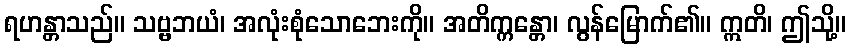
ရဟန္တာသည်။ သဗ္ဗဘယံ၊ အလုံးစုံသောဘေးကို။ အတိက္ကန္တော၊ လွန်မြောက်၏။ ဣတိ၊ ဤသို့။